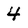
Character: 4